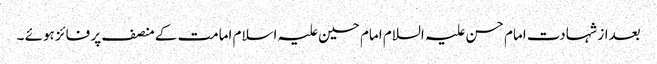
بعداز شہادت امام حسن علیہ السلام امام حسین علیہ اسلام امامت کے منصف پر فائز ہوئے ۔